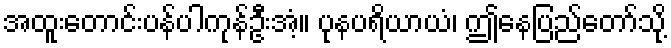
အထူးတောင်းပန်ပါကုန်ဦးအံ့။ ပုနပရိယာယံ၊ ဤနေပြည်တော်သို့